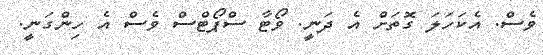
ވެސް. އެކަހަލަ ގޮތަށް އެ ދަނީ. ވޯޓާ ސްޕޯޓްސް ވެސް އެ ހިންގަނީ.